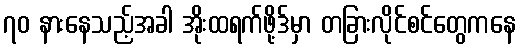
၇၀ နားနေသည့်အခါ အိုးထရက်ဖို့ဒ်မှာ တခြားလိုင်စင်တွေကနေ